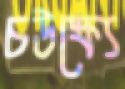
চউক্ষ্যে